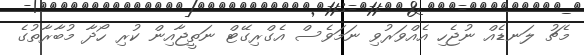
މެޗު ލަނޑެއް ނުޖެހި އެއްވަރުވި ނަމަވެސް އެގްރިގޭޓް ނަތީޖާއިން ކުރި ހޯދާ މުބާރާތުގެ